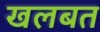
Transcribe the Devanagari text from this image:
खलबत